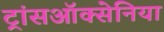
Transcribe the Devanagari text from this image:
ट्रांसऑक्सेनिया